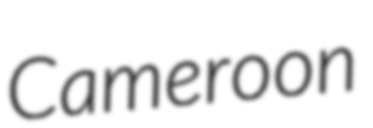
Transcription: Cameroon